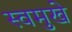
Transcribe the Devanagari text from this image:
स्वमुखे